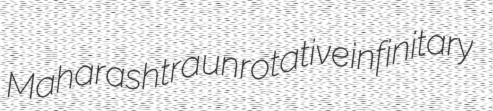
Maharashtra unrotative infinitary